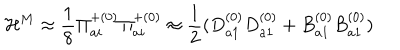
{ \cal H } ^ { M } \approx \frac { 1 } { 8 } { \Pi } _ { a i } ^ { + ( 0 ) } { \Pi } _ { a i } ^ { + ( 0 ) } \approx \frac { 1 } { 2 } ( D _ { a 1 } ^ { ( 0 ) } D _ { a 1 } ^ { ( 0 ) } + B _ { a 1 } ^ { ( 0 ) } B _ { a 1 } ^ { ( 0 ) } )